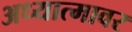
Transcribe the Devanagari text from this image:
अध्यात्मावर